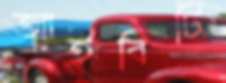
আইবিটি